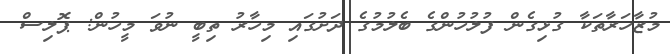
މުޒާހަރާތަކާ ގުޅިގެން ފުލުހުންގެ ބެލުމުގެ ދަށުގައި މިހާރު ތިބީ ނުވަ މީހުން: ޕޮލިސް